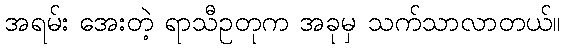
အရမ်း အေးတဲ့ ရာသီဥတုက အခုမှ သက်သာလာတယ်။